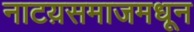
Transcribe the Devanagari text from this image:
नाटय़समाजमधून